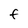
Character: F